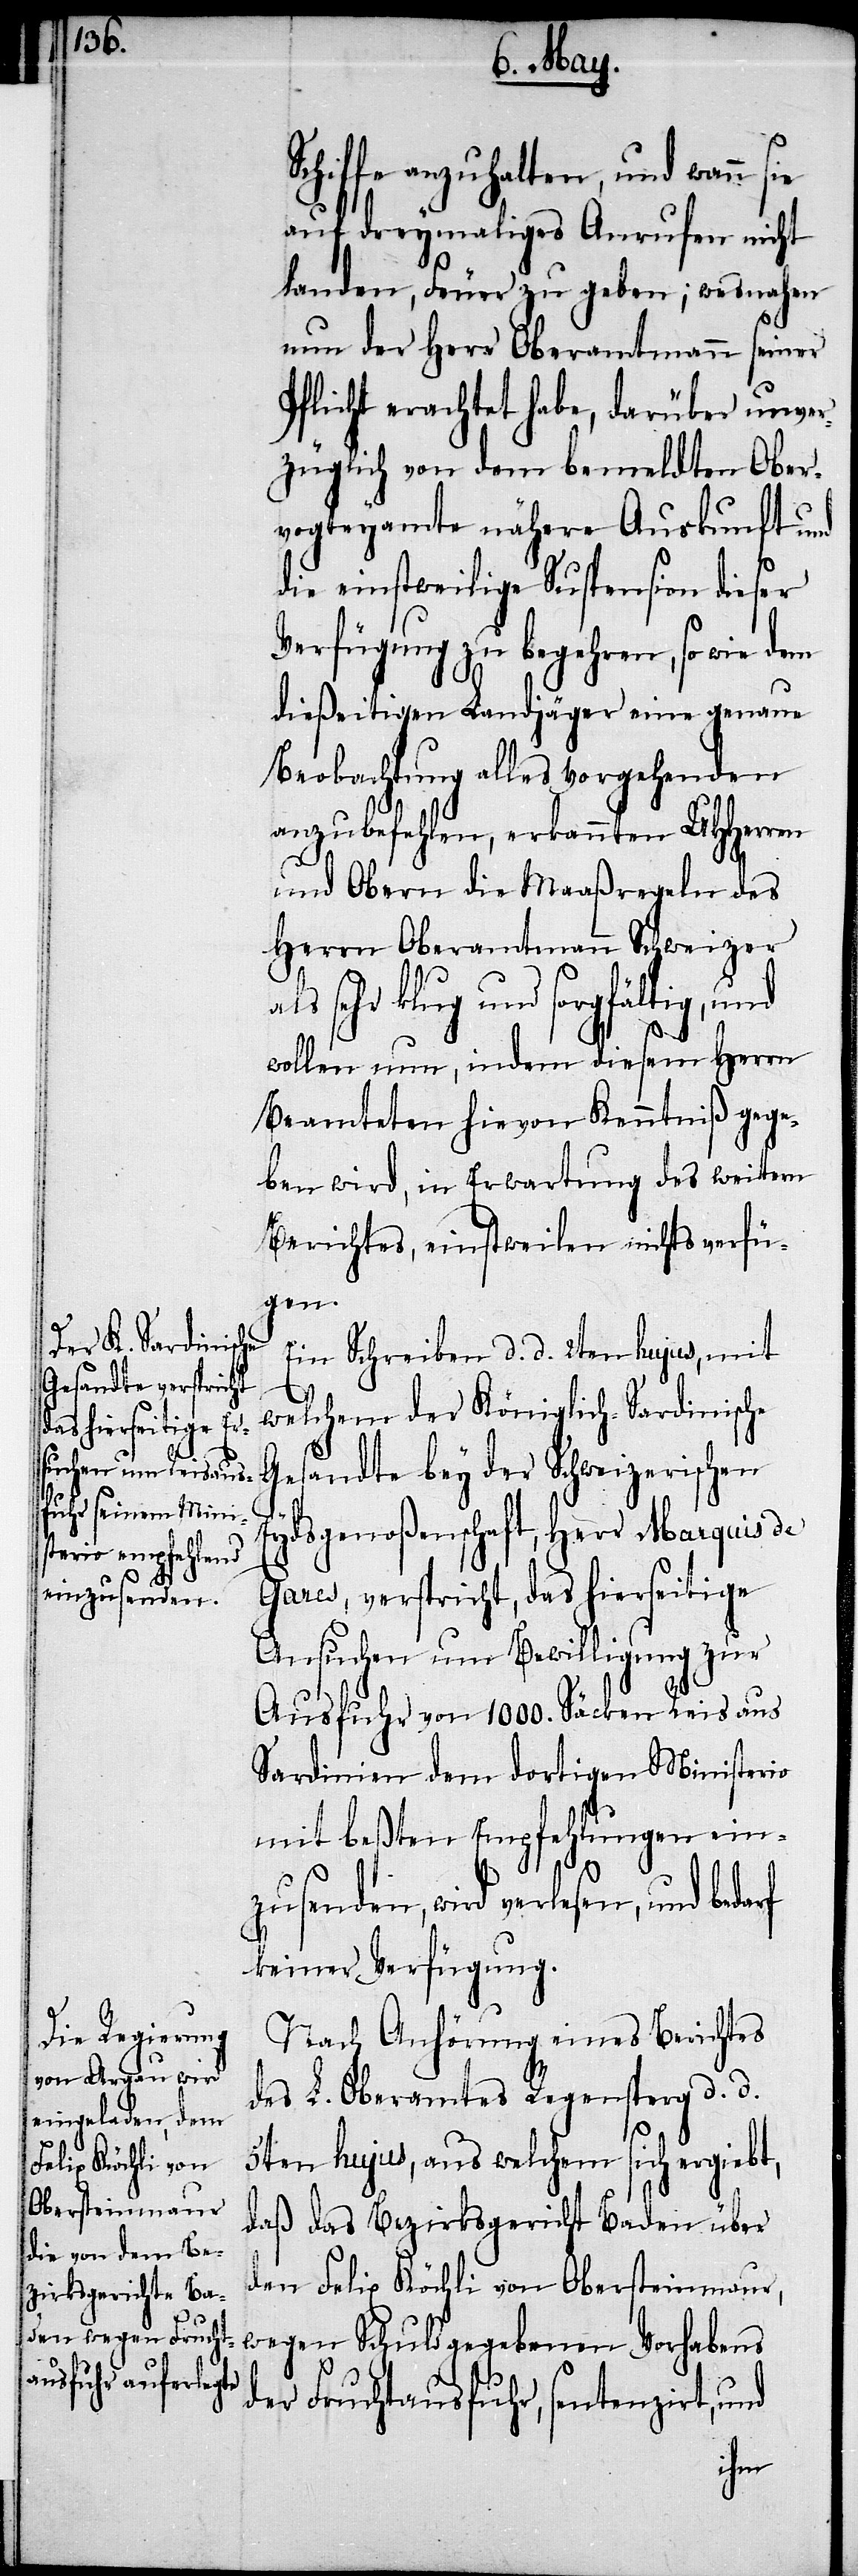
Schiffe anzuhalten, und wenn sie
auf dreymaliges Anrufen nicht
landen, Feuer zu geben; wesnahen
nun der Herr Oberamtmann seiner
Pflicht erachtet habe, darüber unver¬
züglich von dem bemeldten Ober¬
vogteyamte nähere Auskunft und
die einstweilige Suspension dieser
Verfügung zu begehren, so wie dem
dießeitigen Landjäger eine genaue
Beobachtung alles vorgehenden
anzubefehlen, erkannten UHHerren
und Obern die Maaßregeln des
Herrn Oberamtmann Schweizer
sehr klug und sorgfältig, und
wollen nun, indem diesem Herrn
Beamteten hievon Kenntniß gege¬
ben wird, in Erwartung des weitern
Berichtes, einstweilen nichts verfü¬
gen.
Ein Schreiben d. d. 2ten hujus, mit
welchem der Königlich-Sardinische
Schweizeris¬
Eydsgenoßenschaft, Herr Marquis de
Gares, verspricht, das hierseitige
Ansuchen um Bewilligung zur
Ausfuhr von 100. Säcken Reis aus
Sardinien dem dortigen Ministerio
mit beßten Empfehlungen ein¬
zusenden, wird verlesen, und beda¬
rf
keiner Verfügung.
Nach Anhörung eines Berichtes
des L. Oberamtes Regensperg d. d.
5ten hujus, aus welchem sich ergiebt,
daß das Bezirksgericht Baden über
den Felix Köchli von Obersteinmaur,
wegen Schuld gegebenen Vorhabens
der Fruchtausfuhr, sentenzirt, und
chen